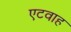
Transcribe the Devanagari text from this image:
एटवाह